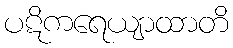
ပဋိကရေယျာထာတိ